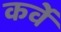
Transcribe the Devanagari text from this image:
कर्वेे